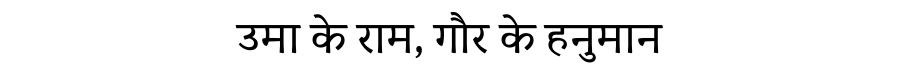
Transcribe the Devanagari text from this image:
उमा के राम, गौर के हनुमान